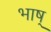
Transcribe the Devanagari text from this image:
भाष्